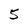
Character: 5